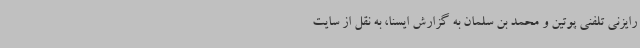
رایزنی تلفنی پوتین و محمد بن سلمان به گزارش ایسنا، به نقل از سایت